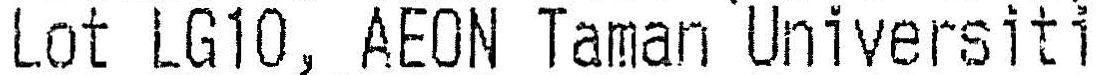
LOT LG10, AEON TAMAN UNIVERSITI